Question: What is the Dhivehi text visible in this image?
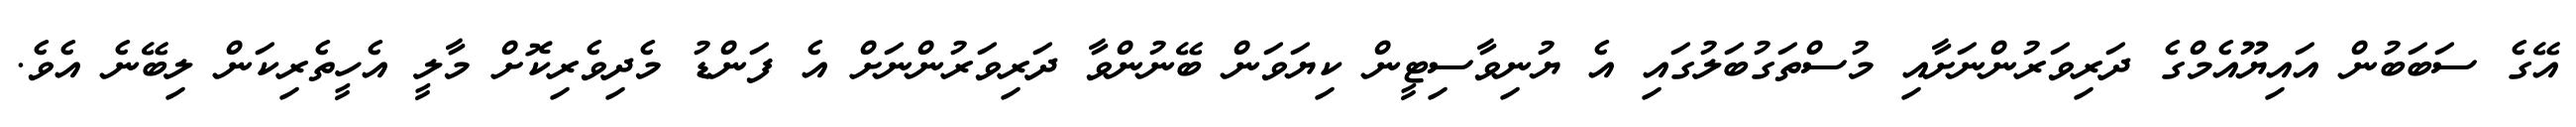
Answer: އޭގެ ސަބަބުން އައިޔޫއެމްގެ ދަރިވަރުންނަށާއި މުސްތަގުބަލުގައި އެ ޔުނިވާސިޓީން ކިޔަވަން ބޭނުންވާ ދަރިވަރުންނަށް އެ ފަންޑު މެދިވެރިކޮށް މާލީ އެހީތެރިކަން ލިބޭނެ އެވެ.